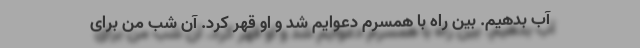
آب بدهیم. بین راه با همسرم دعوایم شد و او قهر کرد. آن شب من برای